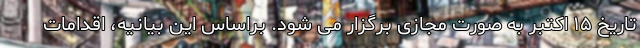
تاریخ ۱۵ اکتبر به صورت مجازی برگزار می شود. براساس این بیانیه، اقدامات